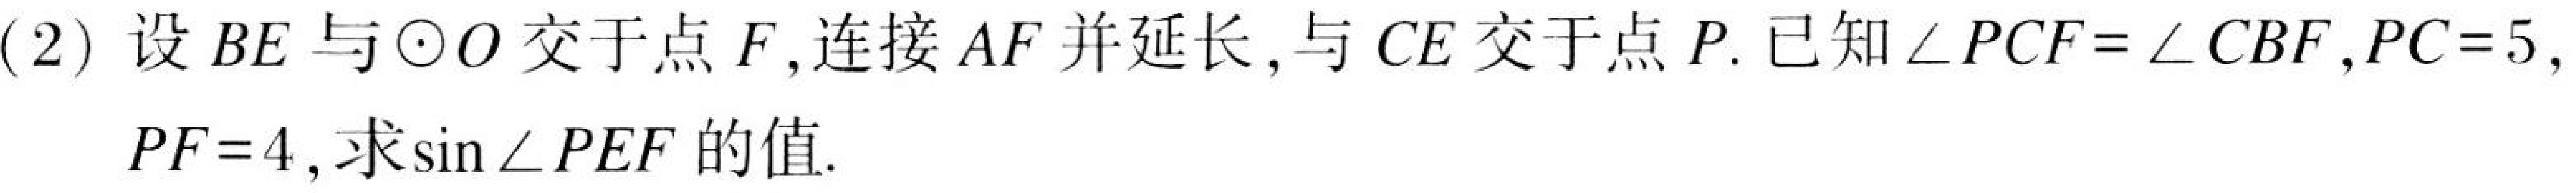
(2) 设 \(BE\) 与 \(\odot O\) 交于点 \(F\),连接 \(AF\) 并延长,与 \(CE\) 交于点 \(P\). 已知 \(\angle PCF=\angle CBF\),\(PC = 5\), \(PF = 4\),求\(\sin\angle PEF\) 的值.